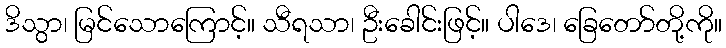
ဒိသွာ၊ မြင်သောကြောင့်။ သီရသာ၊ ဦးခေါင်းဖြင့်။ ပါဒေ၊ ခြေတော်တို့ကို။